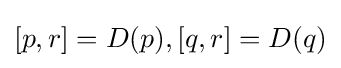
{\textstyle [p,r]=D(p),[q,r]=D(q)}